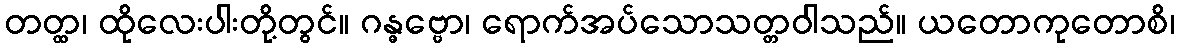
တတ္ထ၊ ထိုလေးပါးတို့တွင်။ ဂန္ဓဗ္ဗော၊ ရောက်အပ်သောသတ္တဝါသည်။ ယတောကုတောစိ၊